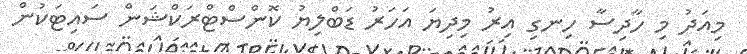
މިއަދު މި ހާދިސާ ހިނގި އިރު މިދިޔަ އަހަރު ޑަބްލިޔު ކޮންސްޓްރަކްޝަން ސައިޓަކުން